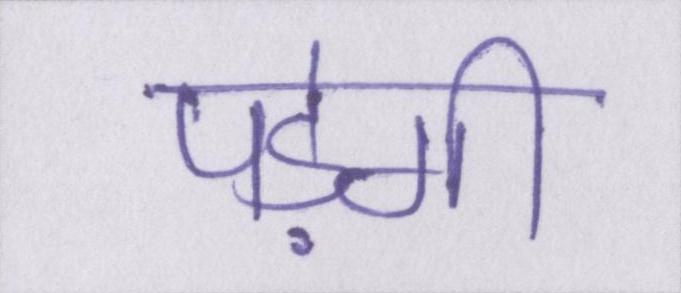
पड़ेगी